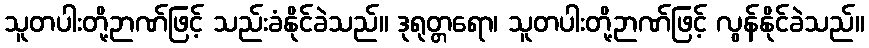
သူတပါးတို့ဉာဏ်ဖြင့် သည်းခံနိုင်ခဲသည်။ ဒုရုတ္တရော၊ သူတပါးတို့ဉာဏ်ဖြင့် လွန်နိုင်ခဲသည်။